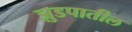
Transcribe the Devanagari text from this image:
झुडपातील